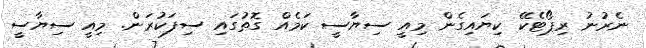
ނެރުނު ރިޕޯޓެކޭ ކިޔައިގެން މިއީ ސިޔާސީ ކަމެއް ގޮތުގައި ސިފަކުރަން. މިއީ ސިޔާސީ